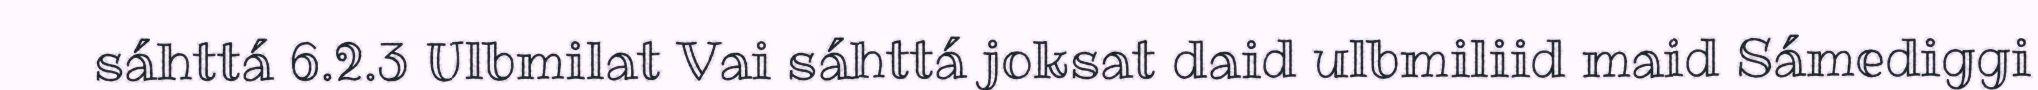
sáhttá 6.2.3 Ulbmilat Vai sáhttá joksat daid ulbmiliid maid Sámediggi